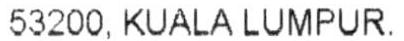
53200, KUALA LUMPUR